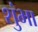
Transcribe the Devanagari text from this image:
शुंभा